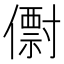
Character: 𠐆